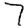
Digit: 7